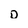
Character: D